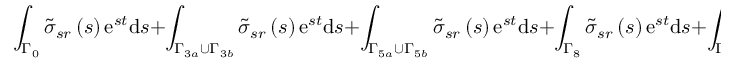
\int _ { \Gamma _ { 0 } } \tilde { \sigma } _ { s r } \left( s \right) \mathrm { e } ^ { s t } \mathrm { d } s + \int _ { \Gamma _ { 3 a } \cup \Gamma _ { 3 b } } \tilde { \sigma } _ { s r } \left( s \right) \mathrm { e } ^ { s t } \mathrm { d } s + \int _ { \Gamma _ { 5 a } \cup \Gamma _ { 5 b } } \tilde { \sigma } _ { s r } \left( s \right) \mathrm { e } ^ { s t } \mathrm { d } s + \int _ { \Gamma _ { 8 } } \tilde { \sigma } _ { s r } \left( s \right) \mathrm { e } ^ { s t } \mathrm { d } s + \int _ { \Gamma _ { 9 } } \tilde { \sigma } _ { s r } \left( s \right) \mathrm { e } ^ { s t } \mathrm { d } s = 0 ,